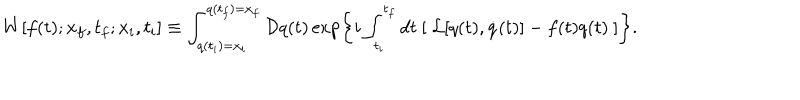
LaTeX: W [ f ( t ) ; x _ { f } , t _ { f } ; x _ { i } , t _ { i } ] \equiv \int _ { q ( t _ { i } ) = x _ { i } } ^ { q ( t _ { f } ) = x _ { f } } { \cal D } q ( t ) \exp \left\{ i \int _ { t _ { i } } ^ { t _ { f } } d t \ [ \ { \cal L } [ q ( t ) , \dot { q } ( t ) ] - f ( t ) q ( t ) \ ] \right\} .